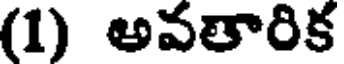
(1) అవతారిక